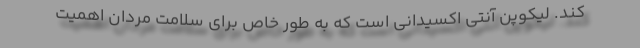
کند. لیکوپن آنتی اکسیدانی است که به طور خاص برای سلامت مردان اهمیت